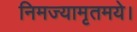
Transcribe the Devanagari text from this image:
निमज्यामृतमये।